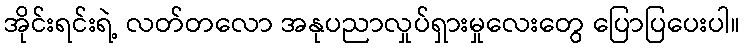
အိုင်းရင်းရဲ့ လတ်တလော အနုပညာလှုပ်ရှားမှုလေးတွေ ပြောပြပေးပါ။